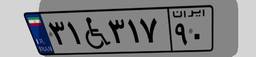
۴۴W۲۵۲۶۳